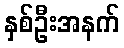
နှစ်ဦးအနက်